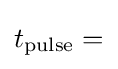
t_{\rm {pulse}}=